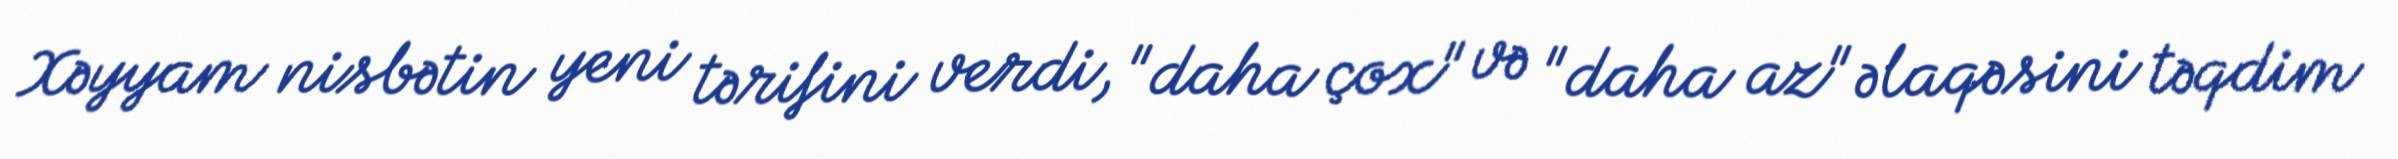
Xəyyam nisbətin yeni tərifini verdi, "daha çox" və "daha az" əlaqəsini təqdim